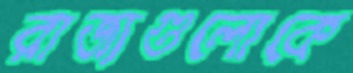
রাজ্যগুলোকে